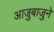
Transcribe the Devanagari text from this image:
आजुबाजुने